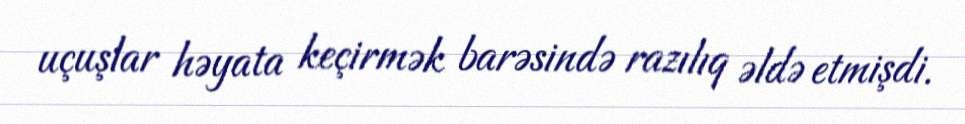
uçuşlar həyata keçirmək barəsində razılıq əldə etmişdi.